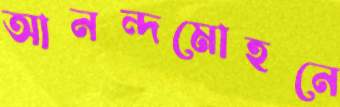
আনন্দমোহনে